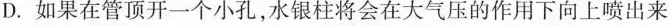
D.如果在管顶开一个小孔，水银柱将会在大气压的作用下向上喷出来